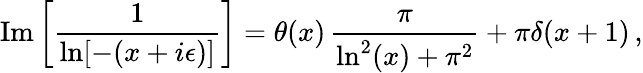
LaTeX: \mathrm{Im}\left[\frac{1}{\ln[-(x+i\epsilon)]}\right]=\theta(x)\, \frac{\pi}{\ln^{2}(x)+\pi^{2}}+\pi\delta(x+1)\, ,